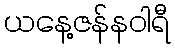
ယနေ့ဇန်နဝါရီ